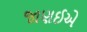
જાણઈએ